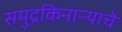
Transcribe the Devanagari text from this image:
समुद्रकिनाऱ्याचे